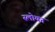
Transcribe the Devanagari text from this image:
स्लोयन